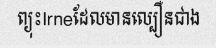
ព្យុះIrneដែលមានល្បឿនជាង